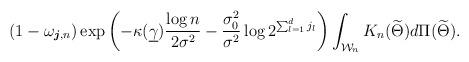
LaTeX: \begin{align*}(1-\omega_{\boldsymbol{j},n})\exp{\left(-\kappa(\underline{\gamma})\frac{\log{n}}{2\sigma^2}-\frac{\sigma_0^2}{\sigma^2}\log{2^{\sum_{l=1}^dj_l}}\right)}\int_{\mathcal{W}_n}K_n(\widetilde{\Theta})d\Pi(\widetilde{\Theta}).\end{align*}